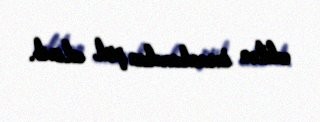
edilən insanlardan pul alınıb.